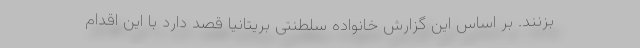
بزنند. بر اساس این گزارش خانواده سلطنتی بریتانیا قصد دارد با این اقدام